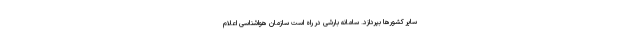
سایر کشورها بپردازد. سامانه بارشی در راه است سازمان هواشناسی اعلام